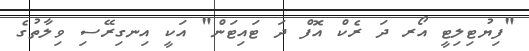
"ފިޔުޓިލިޓީ އޯރ ދަ ރެކް އޮފް ދަ ޓައިޓަން" އަކީ އިނގިރޭސި ވިލާތުގެ